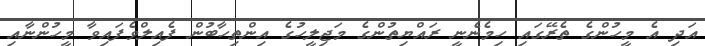
އަދި އެ މީހުންގެ ތެރޭގައި ހިމެނެނީ ރައްޔިތުންގެ މަޖިލީހުގެ އިންތިހާބުން ފެއިލްވެފައިވާ މީހުންނާއި